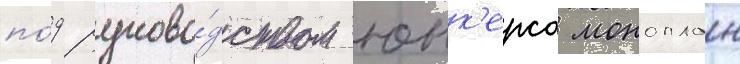
по́д руково́дством юнк'ерса моноплан